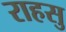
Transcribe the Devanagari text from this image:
राहसु